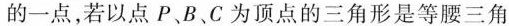
的一点，若以点P、B、C为顶点的三角形是等腰三角